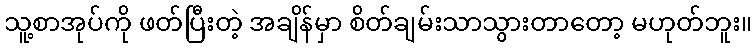
သူ့စာအုပ်ကို ဖတ်ပြီးတဲ့ အချိန်မှာ စိတ်ချမ်းသာသွားတာတော့ မဟုတ်ဘူး။